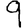
Digit: 9